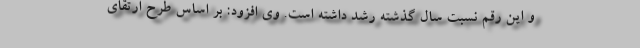
و این رقم نسبت سال گذشته رشد داشته است. وی افزود: بر اساس طرح ارتقای